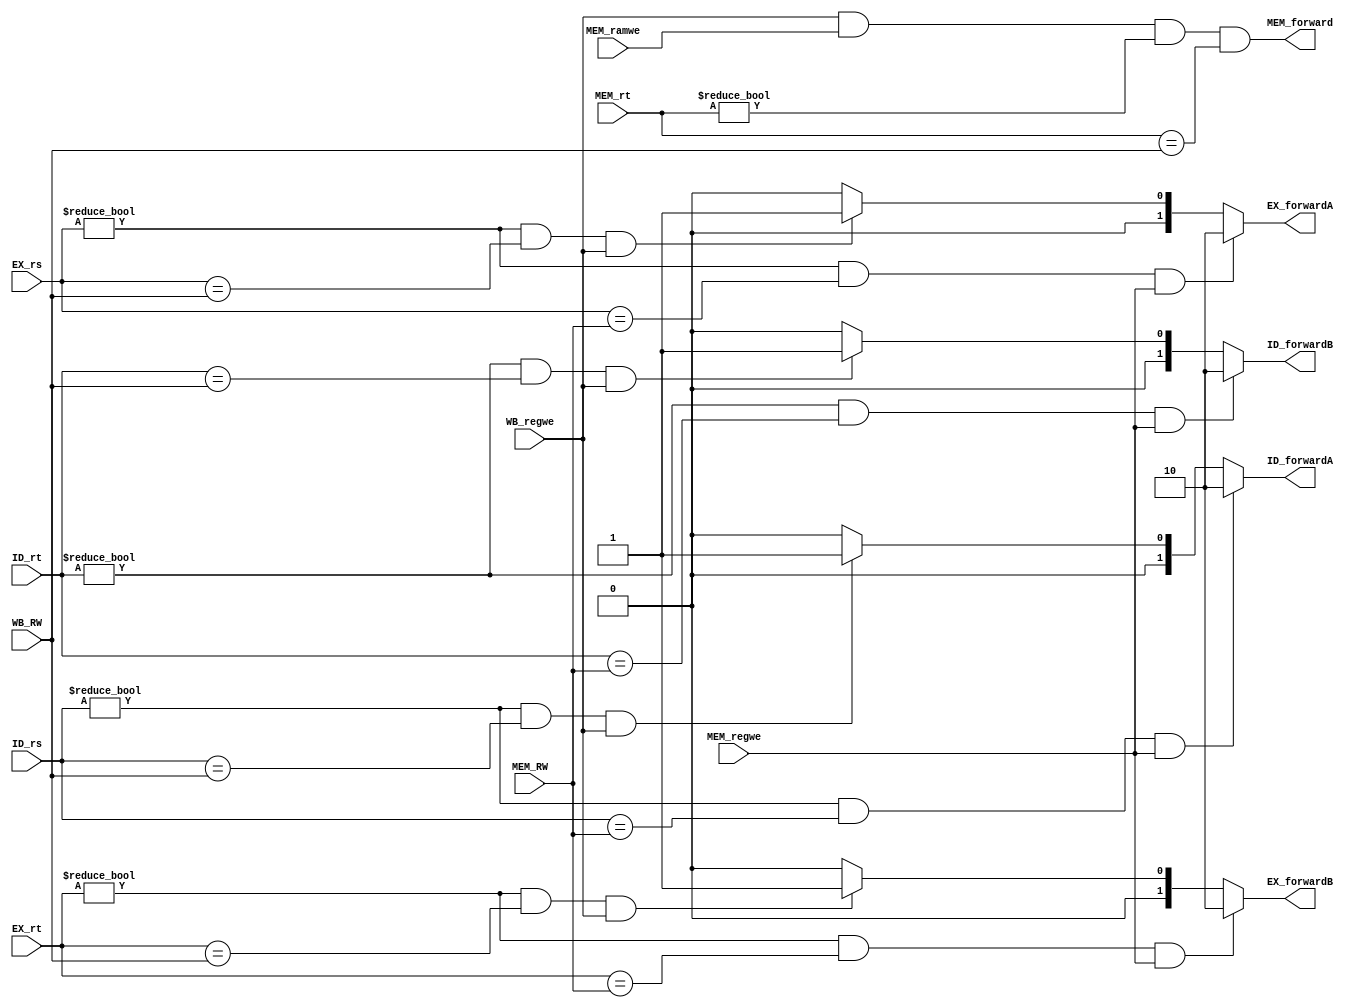
module forward_unit
(
    input [4:0] ID_rs,
    input [4:0] ID_rt,
    input [4:0] EX_rs,
    input [4:0] EX_rt,
    input [4:0] MEM_rt,
    input MEM_ramwe,
    input MEM_regwe,
    input WB_regwe,
    input [4:0] MEM_RW,
    input [4:0] WB_RW,
    output reg [1:0] ID_forwardA,
    output reg [1:0] ID_forwardB,
    output reg [1:0] EX_forwardA,
    output reg [1:0] EX_forwardB,
    output MEM_forward
);
    always @ ( * ) begin
        if ((ID_rs != 0) && (ID_rs == MEM_RW) && MEM_regwe) begin
            ID_forwardA <= 2'b10;    
        end else if ((ID_rs != 0) && (ID_rs == WB_RW) && WB_regwe) begin
            ID_forwardA <= 2'b01;    
        end else begin
            ID_forwardA <= 2'b00;    
        end
    end
    always @ ( * ) begin
        if ((ID_rt != 0) && (ID_rt == MEM_RW) && MEM_regwe) begin
            ID_forwardB <= 2'b10;    
        end else if ((ID_rt != 0) && (ID_rt == WB_RW) && WB_regwe) begin
            ID_forwardB <= 2'b01;    
        end else begin
            ID_forwardB <= 2'b00;    
        end
    end
    always @ ( * ) begin
        if ((EX_rs != 0) && (EX_rs == MEM_RW) && MEM_regwe) begin
            EX_forwardA <= 2'b10;    
        end else if ((EX_rs != 0) && (EX_rs == WB_RW) && WB_regwe) begin
            EX_forwardA <= 2'b01;    
        end else begin
            EX_forwardA <= 2'b00;    
        end
    end
    always @ ( * ) begin
        if ((EX_rt != 0) && (EX_rt == MEM_RW) && MEM_regwe) begin
            EX_forwardB <= 2'b10;    
        end else if ((EX_rt != 0) && (EX_rt == WB_RW) && WB_regwe) begin
            EX_forwardB <= 2'b01;    
        end else begin
            EX_forwardB <= 2'b00;    
        end
    end
    assign MEM_forward = (WB_regwe && MEM_ramwe && MEM_rt != 0 && MEM_rt == WB_RW);
endmodule